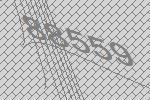
88559